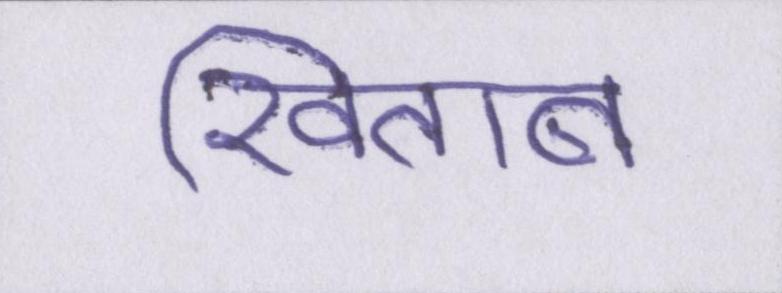
खिताब